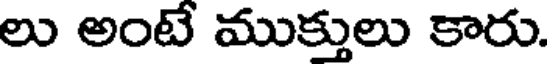
లు అంటే ముక్తులు కారు.